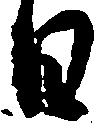
日